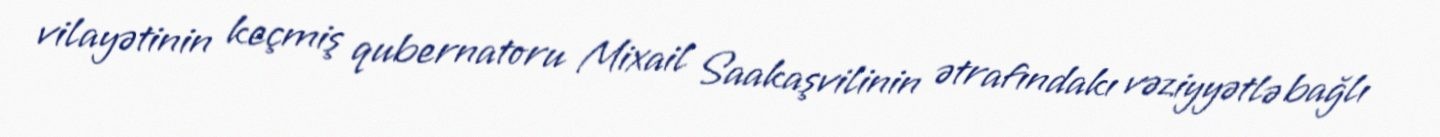
vilayətinin keçmiş qubernatoru Mixail Saakaşvilinin ətrafındakı vəziyyətlə bağlı